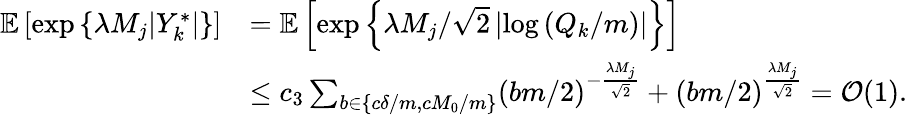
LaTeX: \begin{array}{rl}{\mathbb{E}\left[\exp\left\{ \lambda M_{j}|Y_{k}^{*}|\right\} \right]}&{=\mathbb{E}\left[\exp\left\{ \lambda M_{j}/\sqrt{2}\left|\log\left(Q_{k}/m\right)\right|\right\} \right]}\\ &{\leq c_{3}\sum_{b\in\{ c\delta/m,cM_{0}/m\} }(bm/2)^{-\frac{\lambda M_{j}}{\sqrt{2}}}+(bm/2)^{\frac{\lambda M_{j}}{\sqrt{2}}}=\mathcal{O}(1).}\end{array}